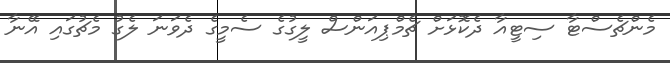
މެންޗެސްޓާ ސިޓީއާ ދެކޮޅަށް ޗެމްޕިއަންސް ލީގުގެ ސެމީގެ ދެވަނަ ލެގު މެޗުގައި އޭނާ